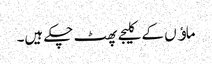
ماﺅں کے کلیجے پھٹ چکے ہیں۔